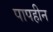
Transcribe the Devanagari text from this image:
पापहीन